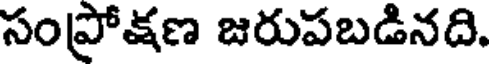
సంప్రోక్షణ జరుపబడినది.